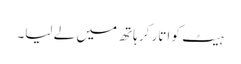
ہیٹ کو اتار کر ہاتھ میں لے لیا۔